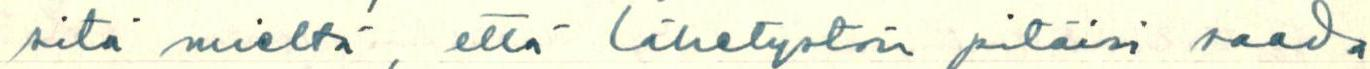
sitä mieltä, että lähetystön pitäisi saada